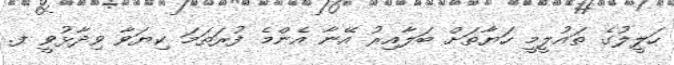
ހަލީލުގެ ތައުލީމީ ހަޔާތަށް ބަލާއިރު އޭނާ އެންމެ ފުރަތަމަ ކިޔަވާ ވިދާޅުވީ ފ.